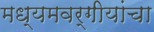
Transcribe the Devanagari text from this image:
मध्यमवर्गीयांचा